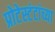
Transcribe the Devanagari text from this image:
प्रोटेस्टंटांच्या